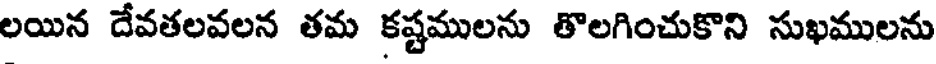
లయిన దేవతలవలన తమ కష్టములను తొలగించుకొని సుఖములను